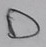
Text: D